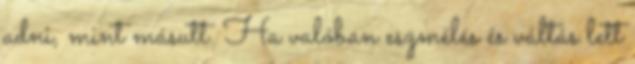
adni, mint másutt. Ha valóban eszmélés és váltás lett